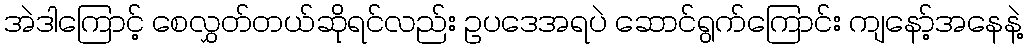
အဲဒါကြောင့် စေလွှတ်တယ်ဆိုရင်လည်း ဥပဒေအရပဲ ဆောင်ရွက်ကြောင်း ကျနော့်အနေနဲ့